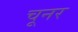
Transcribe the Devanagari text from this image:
चूनर